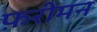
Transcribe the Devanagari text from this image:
फ़रीमन